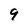
Character: 9